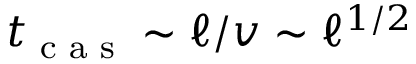
t _ { \textrm { c a s } } \sim \ell / v \sim \ell ^ { 1 / 2 }